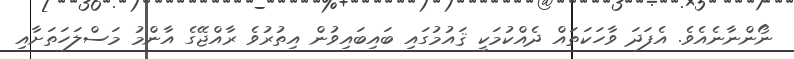
ނޯންނާނެއެވެ. އެފަދަ ވާހަކަތައް ދެއްކުމަކީ ޤައުމުގައި ބައިބައިވުން އިތުރުވެ ރާއްޖޭގެ އާންމު މަސްލަހަތަށާއި